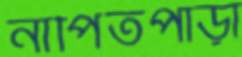
নাপিতপাড়া